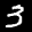
Label: 3